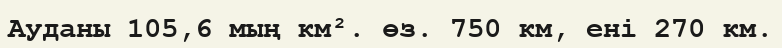
Ауданы 105,6 мың км². өз. 750 км, ені 270 км.